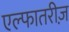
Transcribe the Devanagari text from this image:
एल्फातरीज़